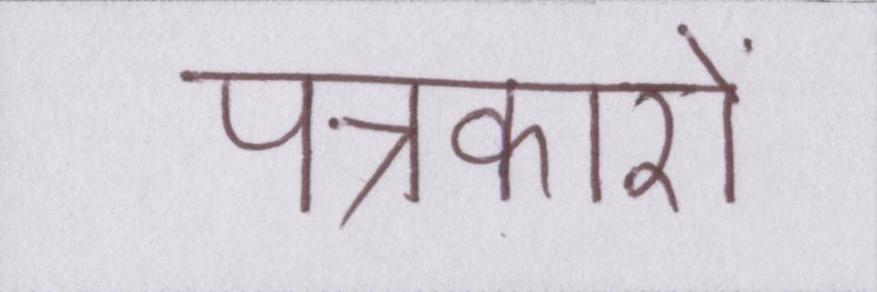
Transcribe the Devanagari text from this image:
पत्रकारों